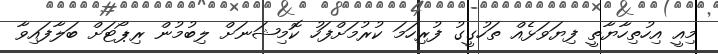
މިއީ އިހުތިހާޔާތީ ފިޔަވަޅެއް ތަހުގީގު ފުރިހަމަ ކުރުމަށްފަހު ކޮމިޝަނަށް ލިބުމުން ރިޕޯޓަށް ބަލާފައިވާ